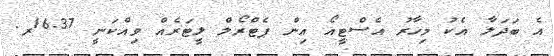
އެ ބަދަލާ އެކު މިހާރު އެސްޓީއޯ އިން ޕެޓްރޯލް ލީޓަރެއް ވިއްކަނީ 16.37ރ.